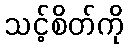
သင့်စိတ်ကို